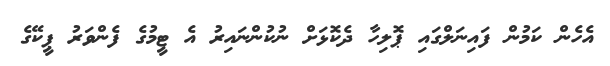
އެހެން ކަމުން ފައިނަލްގައި ޕޮލިހާ ދެކޮޅަށް ނުކުންނައިރު އެ ޓީމުގެ ފެންވަރު ޕީކޭގެ